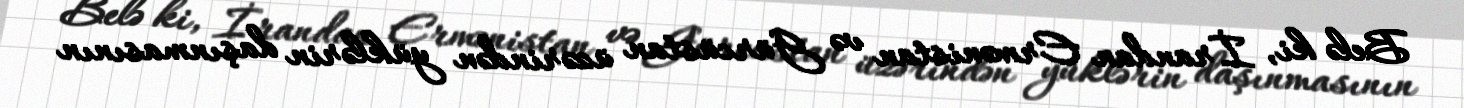
Belə ki, İrandan Ermənistan və Gürcüstan üzərindən yüklərin daşınmasının